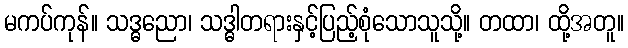
မကပ်ကုန်။ သဒ္ဓညော၊ သဒ္ဓါတရားနှင့်ပြည့်စုံသောသူသို့။ တထာ၊ ထို့အတူ။